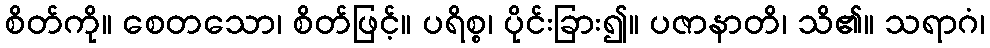
စိတ်ကို။ စေတသော၊ စိတ်ဖြင့်။ ပရိစ္စ၊ ပိုင်းခြား၍။ ပဇာနာတိ၊ သိ၏။ သရာဂံ၊